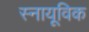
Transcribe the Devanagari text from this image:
स्नायूविक